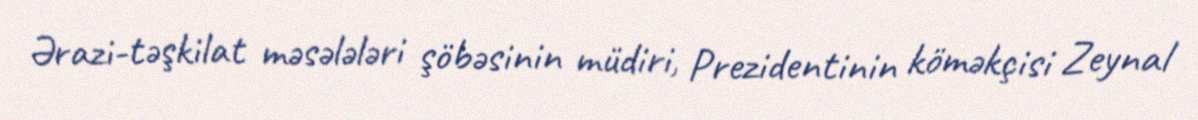
Ərazi-təşkilat məsələləri şöbəsinin müdiri, Prezidentinin köməkçisi Zeynal